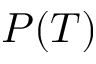
P ( T )